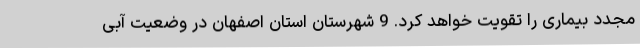
مجدد بیماری را تقویت خواهد کرد. 9 شهرستان استان اصفهان در وضعیت آبی